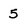
Character: 5